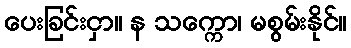
ပေးခြင်းငှာ။ န သက္ကော၊ မစွမ်းနိုင်။